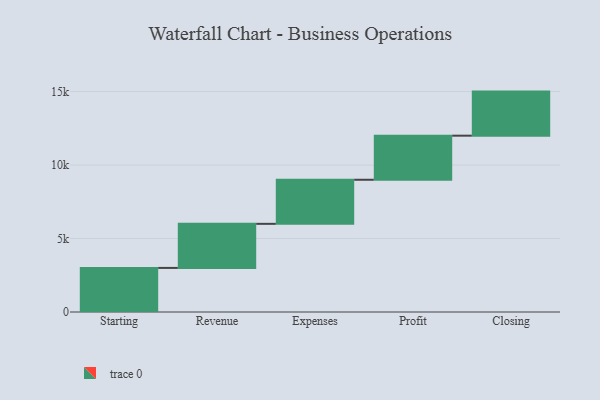
{"axis": {"x": "Step", "y": "Value"}, "legend": [""], "data": [{"x": "Starting", "y": 3000, "type": ""}, {"x": "Revenue", "y": 3000, "type": ""}, {"x": "Expenses", "y": 3000, "type": ""}, {"x": "Profit", "y": 3000, "type": ""}, {"x": "Closing", "y": 3000, "type": ""}]}